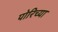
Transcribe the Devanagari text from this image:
पोरिच्या